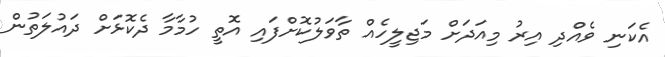
އެކަނި ވެއްދި އިރު މިއަދަށް މަޖިލީހެއް ތާވަލުކޮށްފައި އޮތީ ހުމާމާ ދެކޮޅަށް ދައުލަތުން